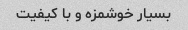
بسیار خوشمزه و با کیفیت